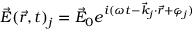
\vec { E } ( \vec { r } , t ) _ { j } = \vec { E } _ { 0 } e ^ { i ( \omega t - \vec { k } _ { j } \cdot \vec { r } + \varphi _ { j } ) }